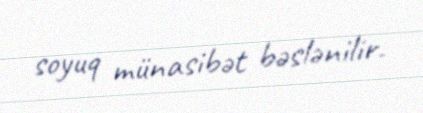
soyuq münasibət bəslənilir.